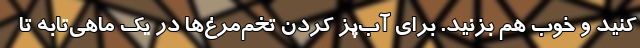
کنید و خوب هم بزنید. برای آب‌پز کردن تخم‌مرغ‌ها در یک ماهی‌تابه تا